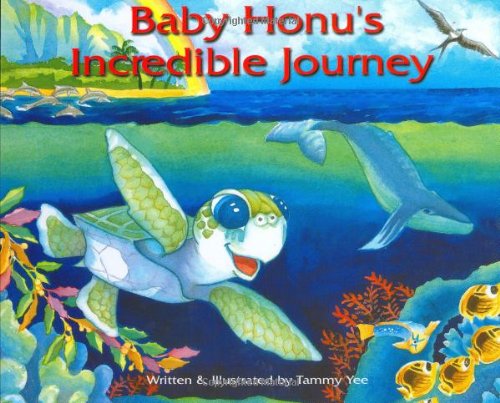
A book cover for Baby Honu's Incredible Journey; Tammy Yee; Children's Books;